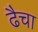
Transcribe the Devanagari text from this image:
ढैचा